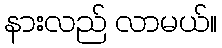
နားလည် လာမယ်။